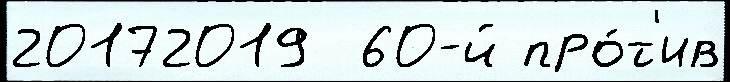
20172019  60-й про́т'ив